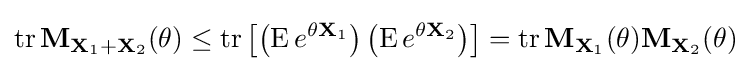
\operatorname {tr} \mathbf {M} _{\mathbf {X} _{1}+\mathbf {X} _{2}}(\theta )\leq \operatorname {tr} \left[\left(\operatorname {E} e^{\theta \mathbf {X} _{1}}\right)\left(\operatorname {E} e^{\theta \mathbf {X} _{2}}\right)\right]=\operatorname {tr} \mathbf {M} _{\mathbf {X} _{1}}(\theta )\mathbf {M} _{\mathbf {X} _{2}}(\theta )